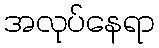
အလုပ်နေရာ